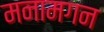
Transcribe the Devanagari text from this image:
मनामगन